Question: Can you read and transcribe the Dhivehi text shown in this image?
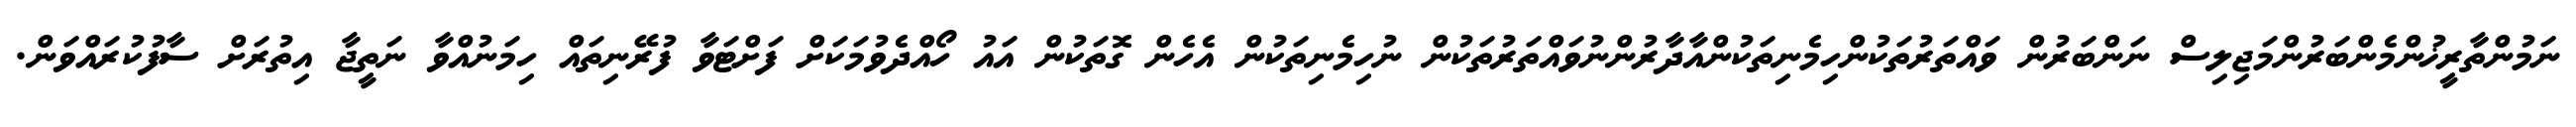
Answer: ނަމުންތާރީޚުންމެންބަރުންމަޖިލިސް ނަންބަރުން ވައްތަރުތަކުންހިމެނިތަކުންއާދާރުންނުވައްތަރުތަކުން ނުހިމެނިތަކުން އެހެން ގޮތަކުން އައު ހޯއްދެވުމަކަށް ފަށްޓަވާ ފުރޭނިތައް ހިމަނުއްވާ ނަތީޖާ އިތުރަށް ސާފުކުރައްވަން.